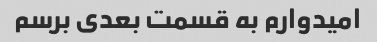
امیدوارم به قسمت بعدی برسم